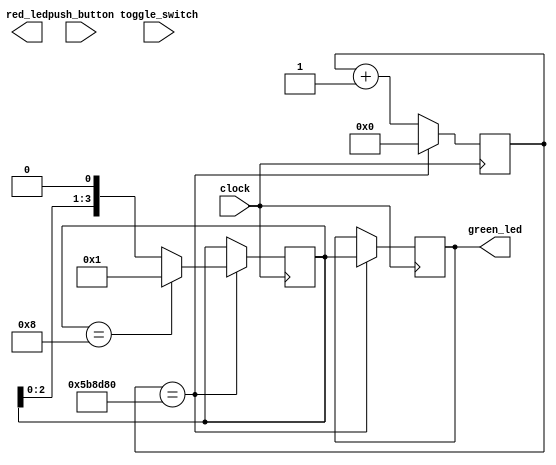
module qa1
    (
        input  wire       clock,
        input  wire [7:0] toggle_switch,
        input  wire [3:0] push_button,
        output reg  [6:0] red_led,
        output reg  [3:0] green_led
    );

   parameter time_out = 25'd6_000_000;// 1/4 @24Mhz
   reg [23:0] 	     counter;
   reg [3:0] ledx = 4'b0001;

   always @(posedge clock )   begin
      if(counter== time_out) begin
	    counter <= 24'd0;
	 ledx <= (ledx == 4'b1000) ? 4'b0001 :   ledx << 1;
	 green_led <= ledx;
      end else begin
	 counter <=counter+24'd1;
      end
   end
endmodule